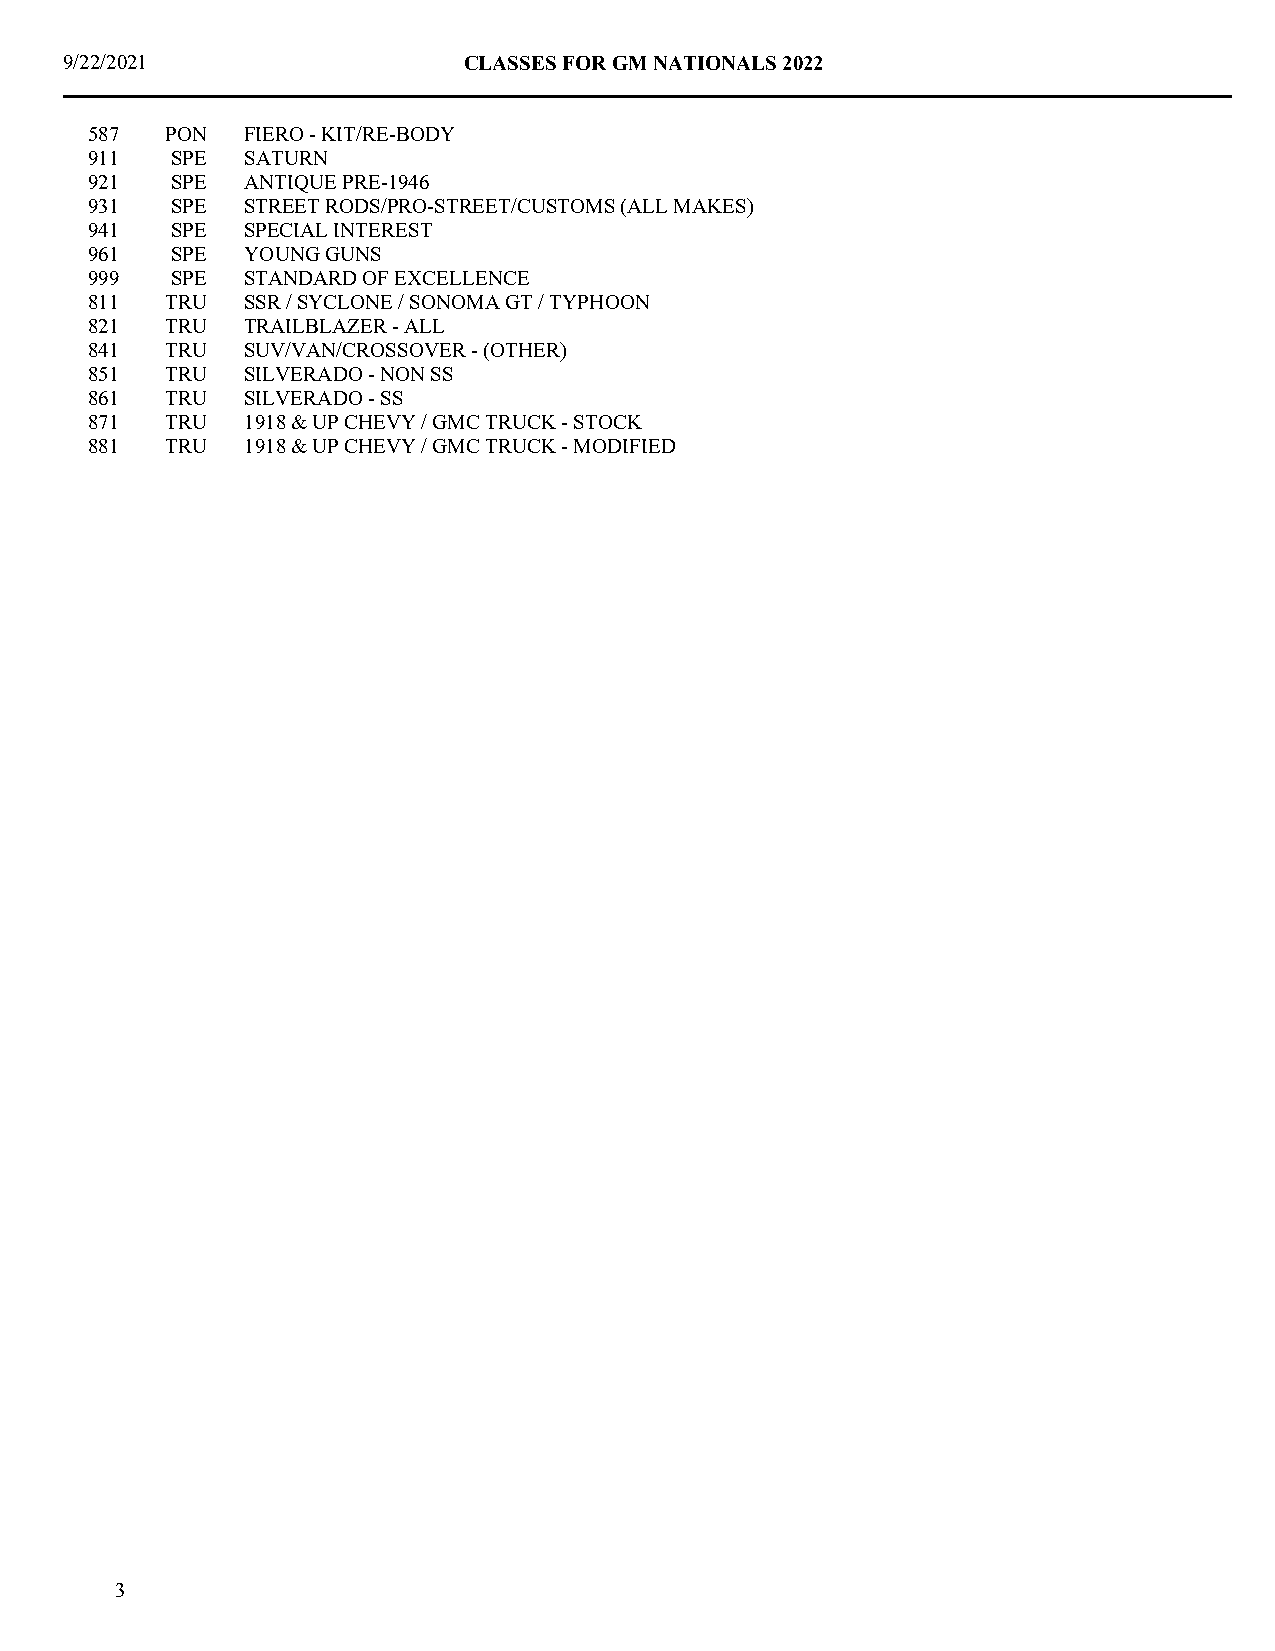
9/22/2021                  CLASSES FOR GM NATIONALS 2022
 587  PON  FIERO - KIT/RE-BODY
 911  SPE  SATURN
 921  SPE  ANTIQUE PRE-1946
 931  SPE  STREET RODS/PRO-STREET/CUSTOMS (ALL MAKES)
 941  SPE  SPECIAL INTEREST
 961  SPE  YOUNG GUNS
 999  SPE  STANDARD OF EXCELLENCE
 811  TRU  SSR / SYCLONE / SONOMA GT / TYPHOON
 821  TRU  TRAILBLAZER - ALL
 841  TRU  SUV/VAN/CROSSOVER - (OTHER)
 851  TRU  SILVERADO - NON SS
 861  TRU  SILVERADO - SS
 871  TRU  1918 & UP CHEVY / GMC TRUCK - STOCK
 881  TRU  1918 & UP CHEVY / GMC TRUCK - MODIFIED
 3